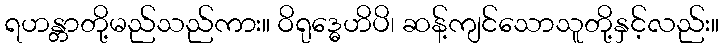
ရဟန္တာတို့မည်သည်ကား။ ဝိရုဒ္ဓေဟိပိ၊ ဆန့်ကျင်သောသူတို့နှင့်လည်း။